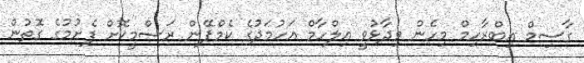
ގާސިމް އިބްރާހިމް މިހެން ވިދާޅުވީ އިލްހާމް އަހުމަދުގެ ކެމްޕޭން ރަސްމީކޮށް ފެށުމުގެ ގޮތުން